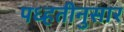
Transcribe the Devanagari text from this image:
पध्हतीनुसार